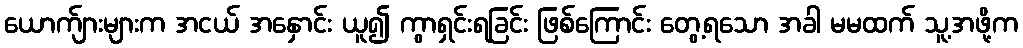
ယောက်ျားများက အငယ် အနှောင်း ယူ၍ ကွာရှင်းရခြင်း ဖြစ်ကြောင်း တွေ့ရသော အခါ မမထက် သူ့အဖို့က